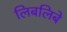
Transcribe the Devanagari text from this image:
लिबलिबे